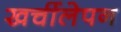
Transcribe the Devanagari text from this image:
खर्चीलेपन